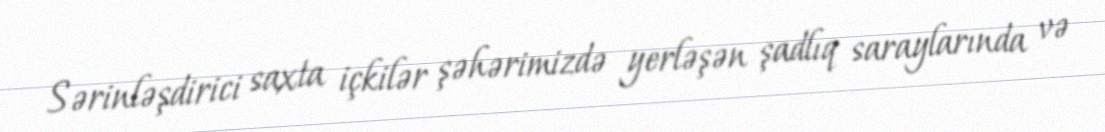
Sərinləşdirici saxta içkilər şəhərimizdə yerləşən şadlıq saraylarında və